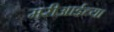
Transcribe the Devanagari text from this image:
मरीआईच्या